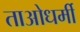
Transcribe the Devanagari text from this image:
ताओधर्मी